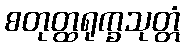
စတုတ္ထရုက္ခသုတ္တံ